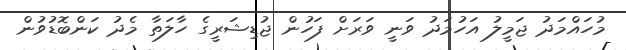
މުހައްމަދު ޖަމީލު އަހުމަދު ވަނީ ވަރަށް ފަހުން ޖުޑިޝަރީގެ ހާލަތާ މެދު ކަންބޮޑުވުން